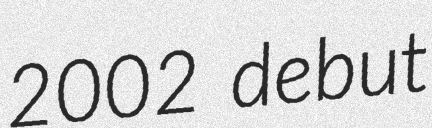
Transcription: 2002 debut